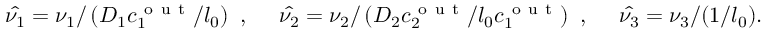
\hat { \nu _ { 1 } } = \nu _ { 1 } / \left( D _ { 1 } c _ { 1 } ^ { \mathrm { ~ o ~ u ~ t ~ } } / l _ { 0 } \right) ~ , ~ ~ ~ ~ \hat { \nu _ { 2 } } = \nu _ { 2 } / \left( D _ { 2 } c _ { 2 } ^ { \mathrm { ~ o ~ u ~ t ~ } } / l _ { 0 } c _ { 1 } ^ { \mathrm { ~ o ~ u ~ t ~ } } \right) ~ , ~ ~ ~ ~ \hat { \nu _ { 3 } } = \nu _ { 3 } / ( 1 / l _ { 0 } ) .